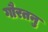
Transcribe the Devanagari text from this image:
गौरतनु